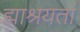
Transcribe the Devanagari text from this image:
ह्माश्रयतां